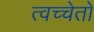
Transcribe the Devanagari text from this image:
त्वच्चेतो